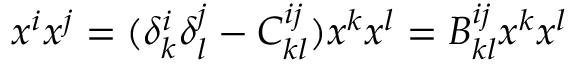
x ^ { i } x ^ { j } = ( \delta _ { k } ^ { i } \delta _ { l } ^ { j } - C _ { k l } ^ { i j } ) x ^ { k } x ^ { l } = B _ { k l } ^ { i j } x ^ { k } x ^ { l }